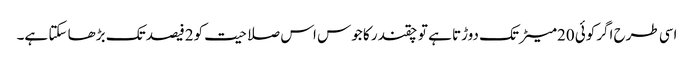
اسی طرح اگرکوئی 20میٹر تک دوڑتا ہے تو چقندر کا جوس اس صلاحیت کو2فیصد تک بڑھا سکتا ہے۔